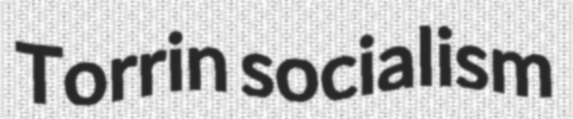
Torrin socialism